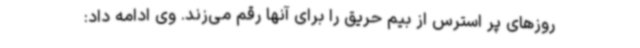
روزهای پر استرس از بیم حریق را برای آنها رقم می‌زند. وی ادامه داد: